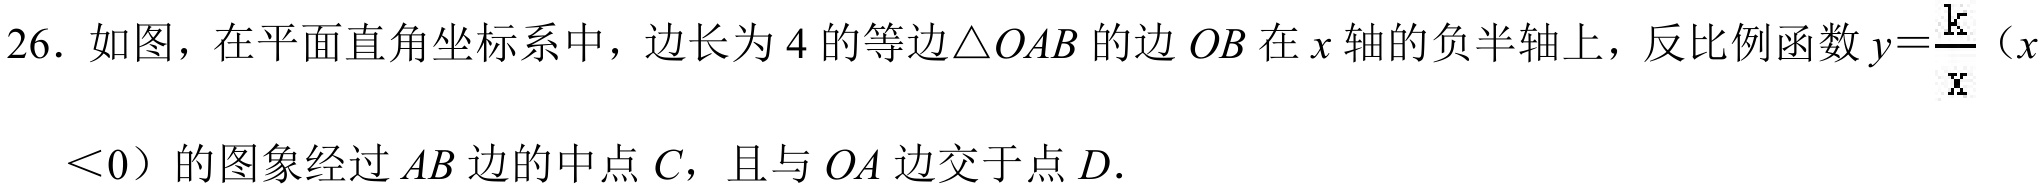
26. 如图，在平面直角坐标系中，边长为$4$的等边$\triangle OAB$的边$OB$在$x$轴的负半轴上，反比例函数$y = \frac{k}{x}$（$x$
$< 0$）的图象经过$AB$边的中点$C$，且与$OA$边交于点$D.$